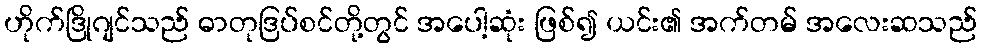
ဟိုက်ဒြိုဂျင်သည် ဓာတုဒြပ်စင်တို့တွင် အပေါ့ဆုံး ဖြစ်၍ ယင်း၏ အက်တမ် အလေးဆသည်